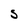
Character: S